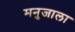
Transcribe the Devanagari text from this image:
मनुजाला